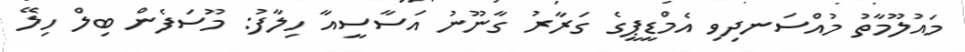
މައުލޫމާތު މުއްސަނދިވި އެމްޑީޕީގެ ގަރާރު ގާނޫނު އަސާސީއާ ހިލާފު: މޫސަފެން ބިލް ހިލޭ